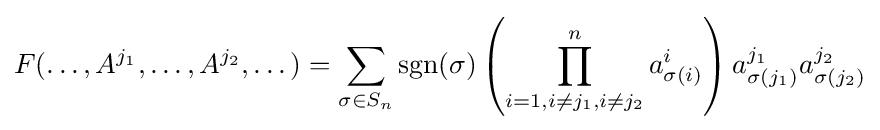
{\begin{aligned}F(\dots ,A^{j_{1}},\dots ,A^{j_{2}},\dots )&=\sum _{\sigma \in S_{n}}\operatorname {sgn} (\sigma )\left(\prod _{i=1,i\neq j_{1},i\neq j_{2}}^{n}a_{\sigma (i)}^{i}\right)a_{\sigma (j_{1})}^{j_{1}}a_{\sigma (j_{2})}^{j_{2}}\\\end{aligned}}